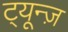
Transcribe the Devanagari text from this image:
ट्यून्ज़